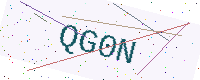
Text: QG0N